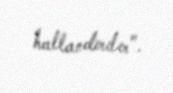
hallandırılır".